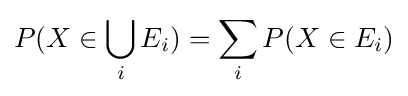
P(X\in \bigcup _{i}E_{i})=\sum _{i}P(X\in E_{i})